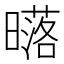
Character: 𣋛